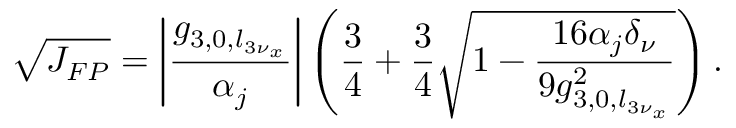
\sqrt { J _ { F P } } = \left| \frac { g _ { 3 , 0 , l _ { 3 \nu _ { x } } } } { \alpha _ { j } } \right| \left( \frac { 3 } { 4 } + \frac { 3 } { 4 } \sqrt { 1 - \frac { 1 6 \alpha _ { j } \delta _ { \nu } } { 9 g _ { 3 , 0 , l _ { 3 \nu _ { x } } } ^ { 2 } } } \right) .